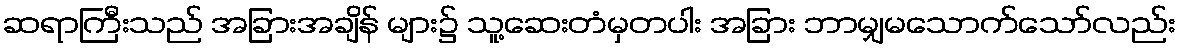
ဆရာကြီးသည် အခြားအချိန် များ၌ သူ့ဆေးတံမှတပါး အခြား ဘာမျှမသောက်သော်လည်း